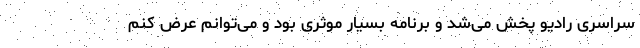
سراسری رادیو پخش می‌شد و برنامه بسیار موثری بود و می‌توانم عرض کنم